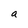
Character: a